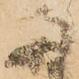
両